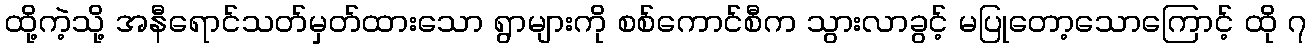
ထို့ကဲ့သို့ အနီရောင်သတ်မှတ်ထားသော ရွာများကို စစ်ကောင်စီက သွားလာခွင့် မပြုတော့သောကြောင့် ထို ၇